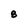
Character: 8